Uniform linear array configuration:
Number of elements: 16
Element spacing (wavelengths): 1
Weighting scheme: cosine
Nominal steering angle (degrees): -30
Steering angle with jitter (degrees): -29.371
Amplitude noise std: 0.05
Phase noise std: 0.05

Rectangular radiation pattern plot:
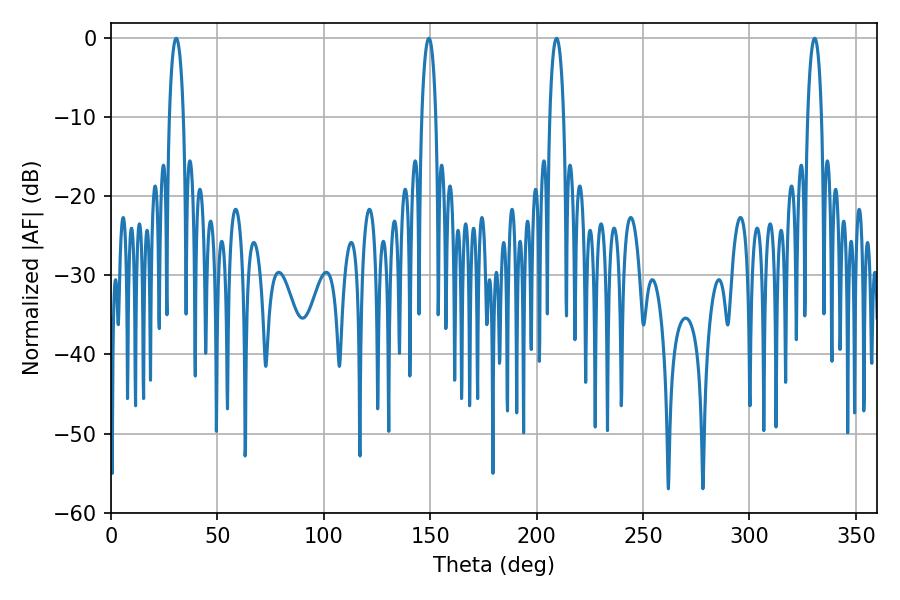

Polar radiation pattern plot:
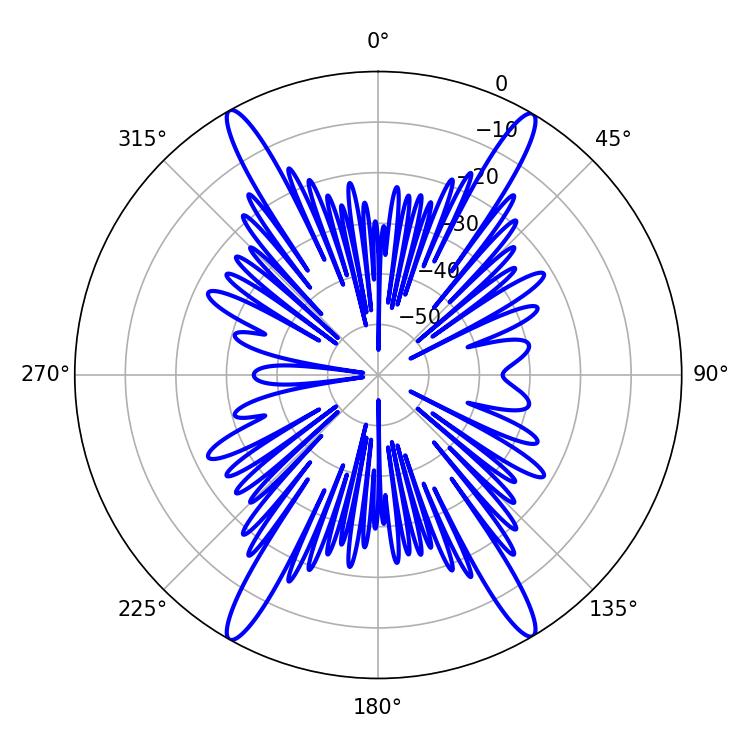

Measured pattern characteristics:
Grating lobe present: TRUE
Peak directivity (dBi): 27.139
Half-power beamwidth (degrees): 3.6
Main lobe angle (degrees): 330.66